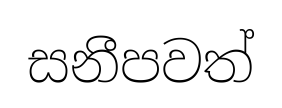
සනීපවත්